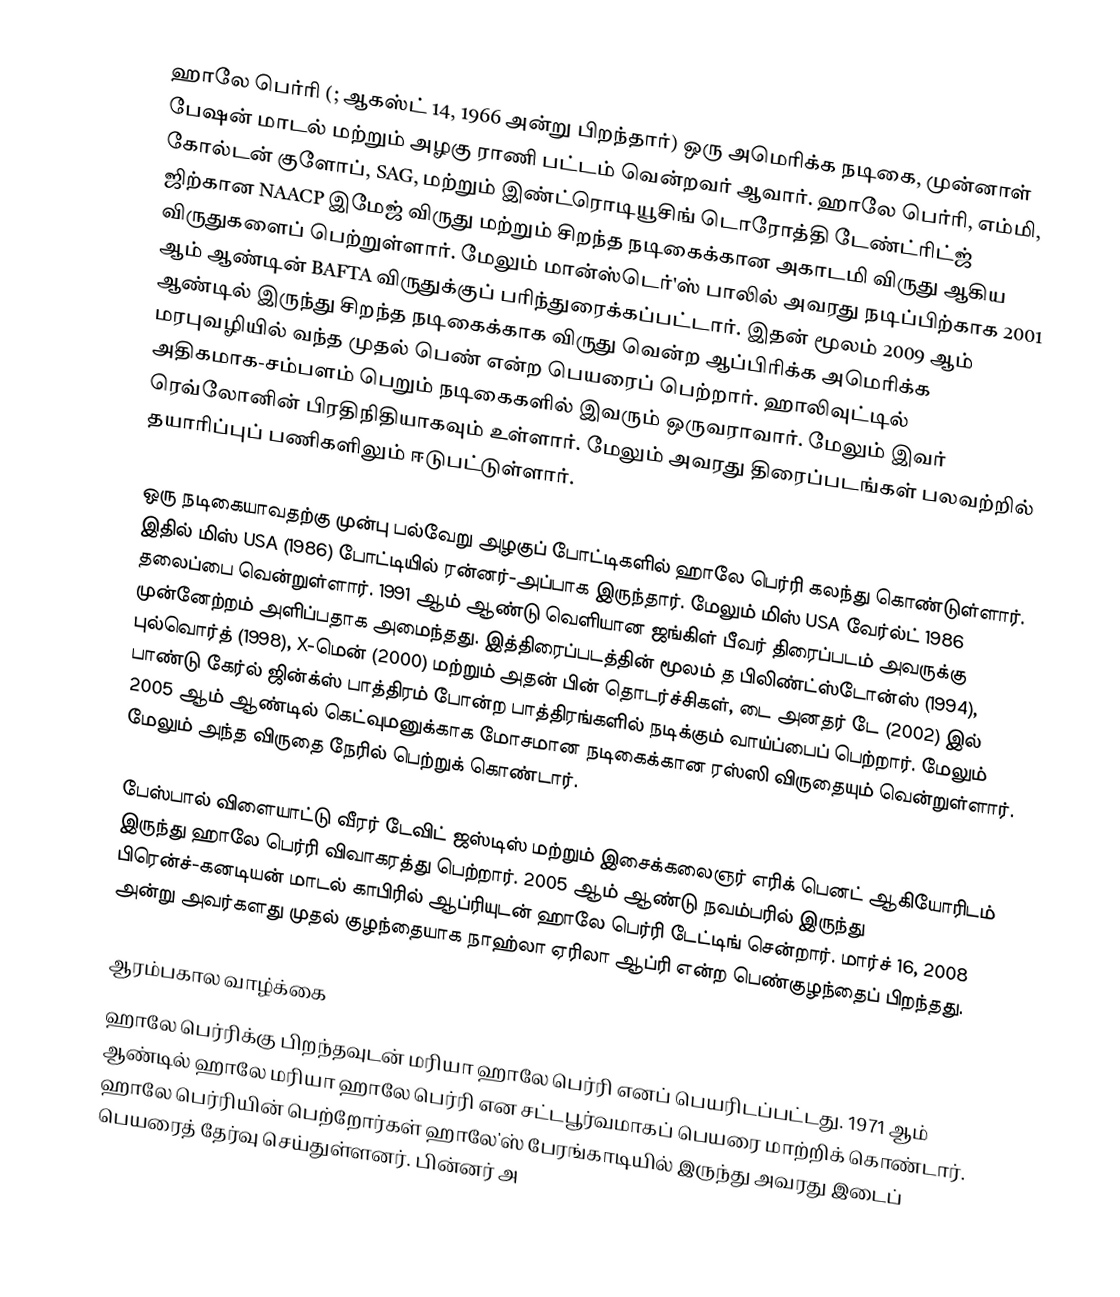
ஹாலே பெர்ரி (; ஆகஸ்ட் 14, 1966 அன்று பிறந்தார்) ஒரு அமெரிக்க நடிகை, முன்னாள் பேஷன் மாடல் மற்றும் அழகு ராணி பட்டம் வென்றவர் ஆவார். ஹாலே பெர்ரி, எம்மி, கோல்டன் குளோப், SAG, மற்றும் இண்ட்ரொடியூசிங் டொரோத்தி டேண்ட்ரிட்ஜ்  ஜிற்கான NAACP இமேஜ் விருது மற்றும் சிறந்த நடிகைக்கான அகாடமி விருது ஆகிய விருதுகளைப் பெற்றுள்ளார். மேலும் மான்ஸ்டெர்'ஸ் பாலில் அவரது நடிப்பிற்காக 2001 ஆம் ஆண்டின் BAFTA விருதுக்குப் பரிந்துரைக்கப்பட்டார். இதன் மூலம் 2009 ஆம் ஆண்டில் இருந்து சிறந்த நடிகைக்காக விருது வென்ற ஆப்பிரிக்க அமெரிக்க மரபுவழியில் வந்த முதல் பெண் என்ற பெயரைப் பெற்றார். ஹாலிவுட்டில் அதிகமாக-சம்பளம் பெறும் நடிகைகளில் இவரும் ஒருவராவார். மேலும் இவர் ரெவ்லோனின் பிரதிநிதியாகவும் உள்ளார். மேலும் அவரது திரைப்படங்கள் பலவற்றில் தயாரிப்புப் பணிகளிலும் ஈடுபட்டுள்ளார்.

ஒரு நடிகையாவதற்கு முன்பு பல்வேறு அழகுப் போட்டிகளில் ஹாலே பெர்ரி கலந்து கொண்டுள்ளார். இதில் மிஸ் USA (1986) போட்டியில் ரன்னர்-அப்பாக இருந்தார். மேலும் மிஸ் USA வேர்ல்ட் 1986 தலைப்பை வென்றுள்ளார். 1991 ஆம் ஆண்டு வெளியான ஜங்கிள் பீவர் திரைப்படம் அவருக்கு முன்னேற்றம் அளிப்பதாக அமைந்தது. இத்திரைப்படத்தின் மூலம் த பிலிண்ட்ஸ்டோன்ஸ் (1994), புல்வொர்த் (1998), X-மென் (2000) மற்றும் அதன் பின் தொடர்ச்சிகள், டை அனதர் டே (2002) இல் பாண்டு கேர்ல் ஜின்க்ஸ் பாத்திரம் போன்ற பாத்திரங்களில் நடிக்கும் வாய்ப்பைப் பெற்றார். மேலும் 2005 ஆம் ஆண்டில் கெட்வுமனுக்காக மோசமான நடிகைக்கான ரஸ்ஸி விருதையும் வென்றுள்ளார். மேலும் அந்த விருதை நேரில் பெற்றுக் கொண்டார்.

பேஸ்பால் விளையாட்டு வீரர் டேவிட் ஜஸ்டிஸ் மற்றும் இசைக்கலைஞர் எரிக் பெனட் ஆகியோரிடம் இருந்து ஹாலே பெர்ரி விவாகரத்து பெற்றார். 2005 ஆம் ஆண்டு நவம்பரில் இருந்து பிரென்ச்-கனடியன் மாடல் காபிரில் ஆப்ரியுடன் ஹாலே பெர்ரி டேட்டிங் சென்றார். மார்ச் 16, 2008 அன்று அவர்களது முதல் குழந்தையாக நாஹ்லா ஏரிலா ஆப்ரி என்ற பெண்குழந்தைப் பிறந்தது.

ஆரம்பகால வாழ்க்கை
ஹாலே பெர்ரிக்கு பிறந்தவுடன் மரியா ஹாலே பெர்ரி எனப் பெயரிடப்பட்டது. 1971 ஆம் ஆண்டில் ஹாலே மரியா ஹாலே பெர்ரி என சட்டபூர்வமாகப் பெயரை மாற்றிக் கொண்டார். ஹாலே பெர்ரியின் பெற்றோர்கள் ஹாலே'ஸ் பேரங்காடியில் இருந்து அவரது இடைப் பெயரைத் தேர்வு செய்துள்ளனர். பின்னர் அ